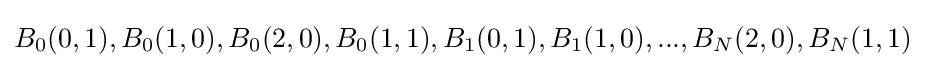
B_{0}(0,1),B_{0}(1,0),B_{0}(2,0),B_{0}(1,1),B_{1}(0,1),B_{1}(1,0),...,B_{N}(2,0),B_{N}(1,1)